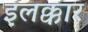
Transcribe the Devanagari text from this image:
इलक्कार